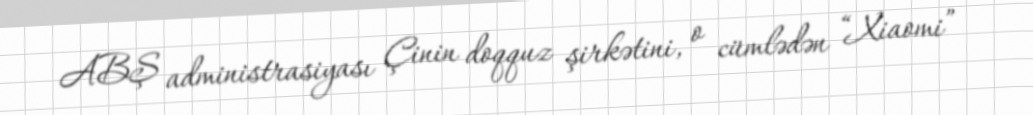
ABŞ administrasiyası Çinin doqquz şirkətini, o cümlədən “Xiaomi”